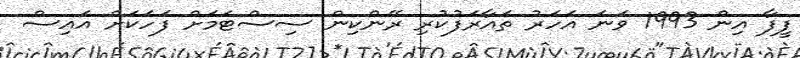
ފީފާ އިން 1993 ވަނަ އަހަރު ތައާރަފުކުރި ރޭންކިން ސިސްޓަމަށް ފަހަކަށް އައިސް